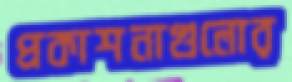
প্রকাশনাগুলোর